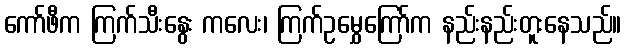
ကော်ဖီက ကြက်သီးနွေး ကလေး၊ ကြက်ဥမွှေကြော်က နည်းနည်းတူးနေသည်။